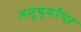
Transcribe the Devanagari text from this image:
मनुष्योंपर